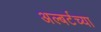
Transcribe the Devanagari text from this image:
अल्बर्टच्या